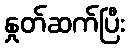
နှုတ်ဆက်ပြီး